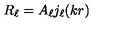
R _ { \ell } = A _ { \ell } j _ { \ell } ( k r )